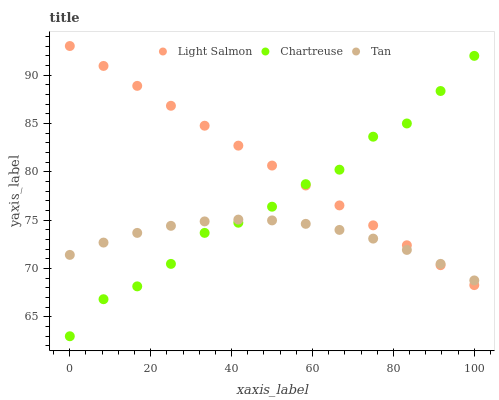
| xaxis_label | Light Salmon | Chartreuse | Tan |
 | --- | --- | --- | --- |
 | 0 | 93 | 63 | 71.4 |
 | 8.33 | 90.9 | 66.8 | 72.7 |
 | 16.7 | 88.9 | 68.2 | 73.7 |
 | 25 | 86.8 | 70.5 | 74.4 |
 | 33.3 | 84.8 | 73.7 | 74.9 |
 | 41.7 | 82.7 | 74.7 | 75.1 |
 | 50 | 80.6 | 76.4 | 75 |
 | 58.3 | 78.6 | 78.7 | 74.6 |
 | 66.7 | 76.5 | 80.2 | 74 |
 | 75 | 74.5 | 83.6 | 73.1 |
 | 83.3 | 72.4 | 85 | 71.9 |
 | 91.7 | 70.3 | 88.3 | 70.5 |
 | 100 | 68.3 | 92 | 68.8 |